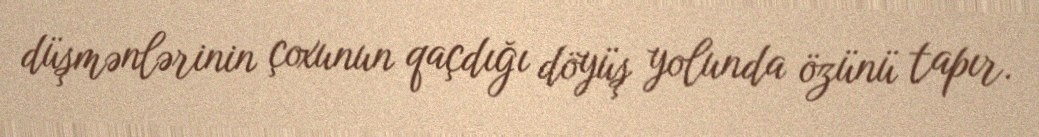
düşmənlərinin çoxunun qaçdığı döyüş yolunda özünü tapır.